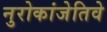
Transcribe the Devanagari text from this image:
नुरोकांजेतिवे